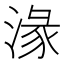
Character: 湪